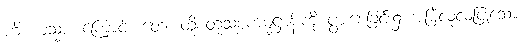
ဟိ ယသ္မာ၊ ကြောင့်။ တေ၊ ထိုစတုသစ္စကမ္မဋ္ဌာန်းကို ပွားစေခြင်း၌ အမြဲလုံ့လပြုသော